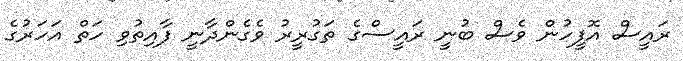
ރައީސް އޮފީހުން ވެސް ބުނީ ރައީސްގެ ތަގުރީރު ވެގެންދާނީ ފާއިތުވި ހަތް އަހަރުގެ